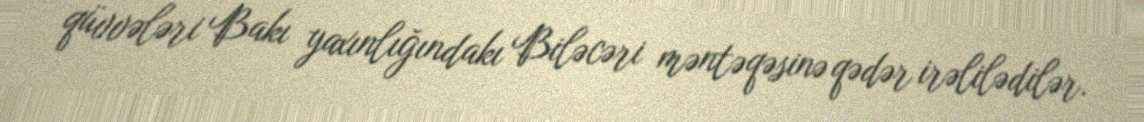
qüvvələri Bakı yaxınlığındakı Biləcəri məntəqəsinə qədər irəlilədilər.